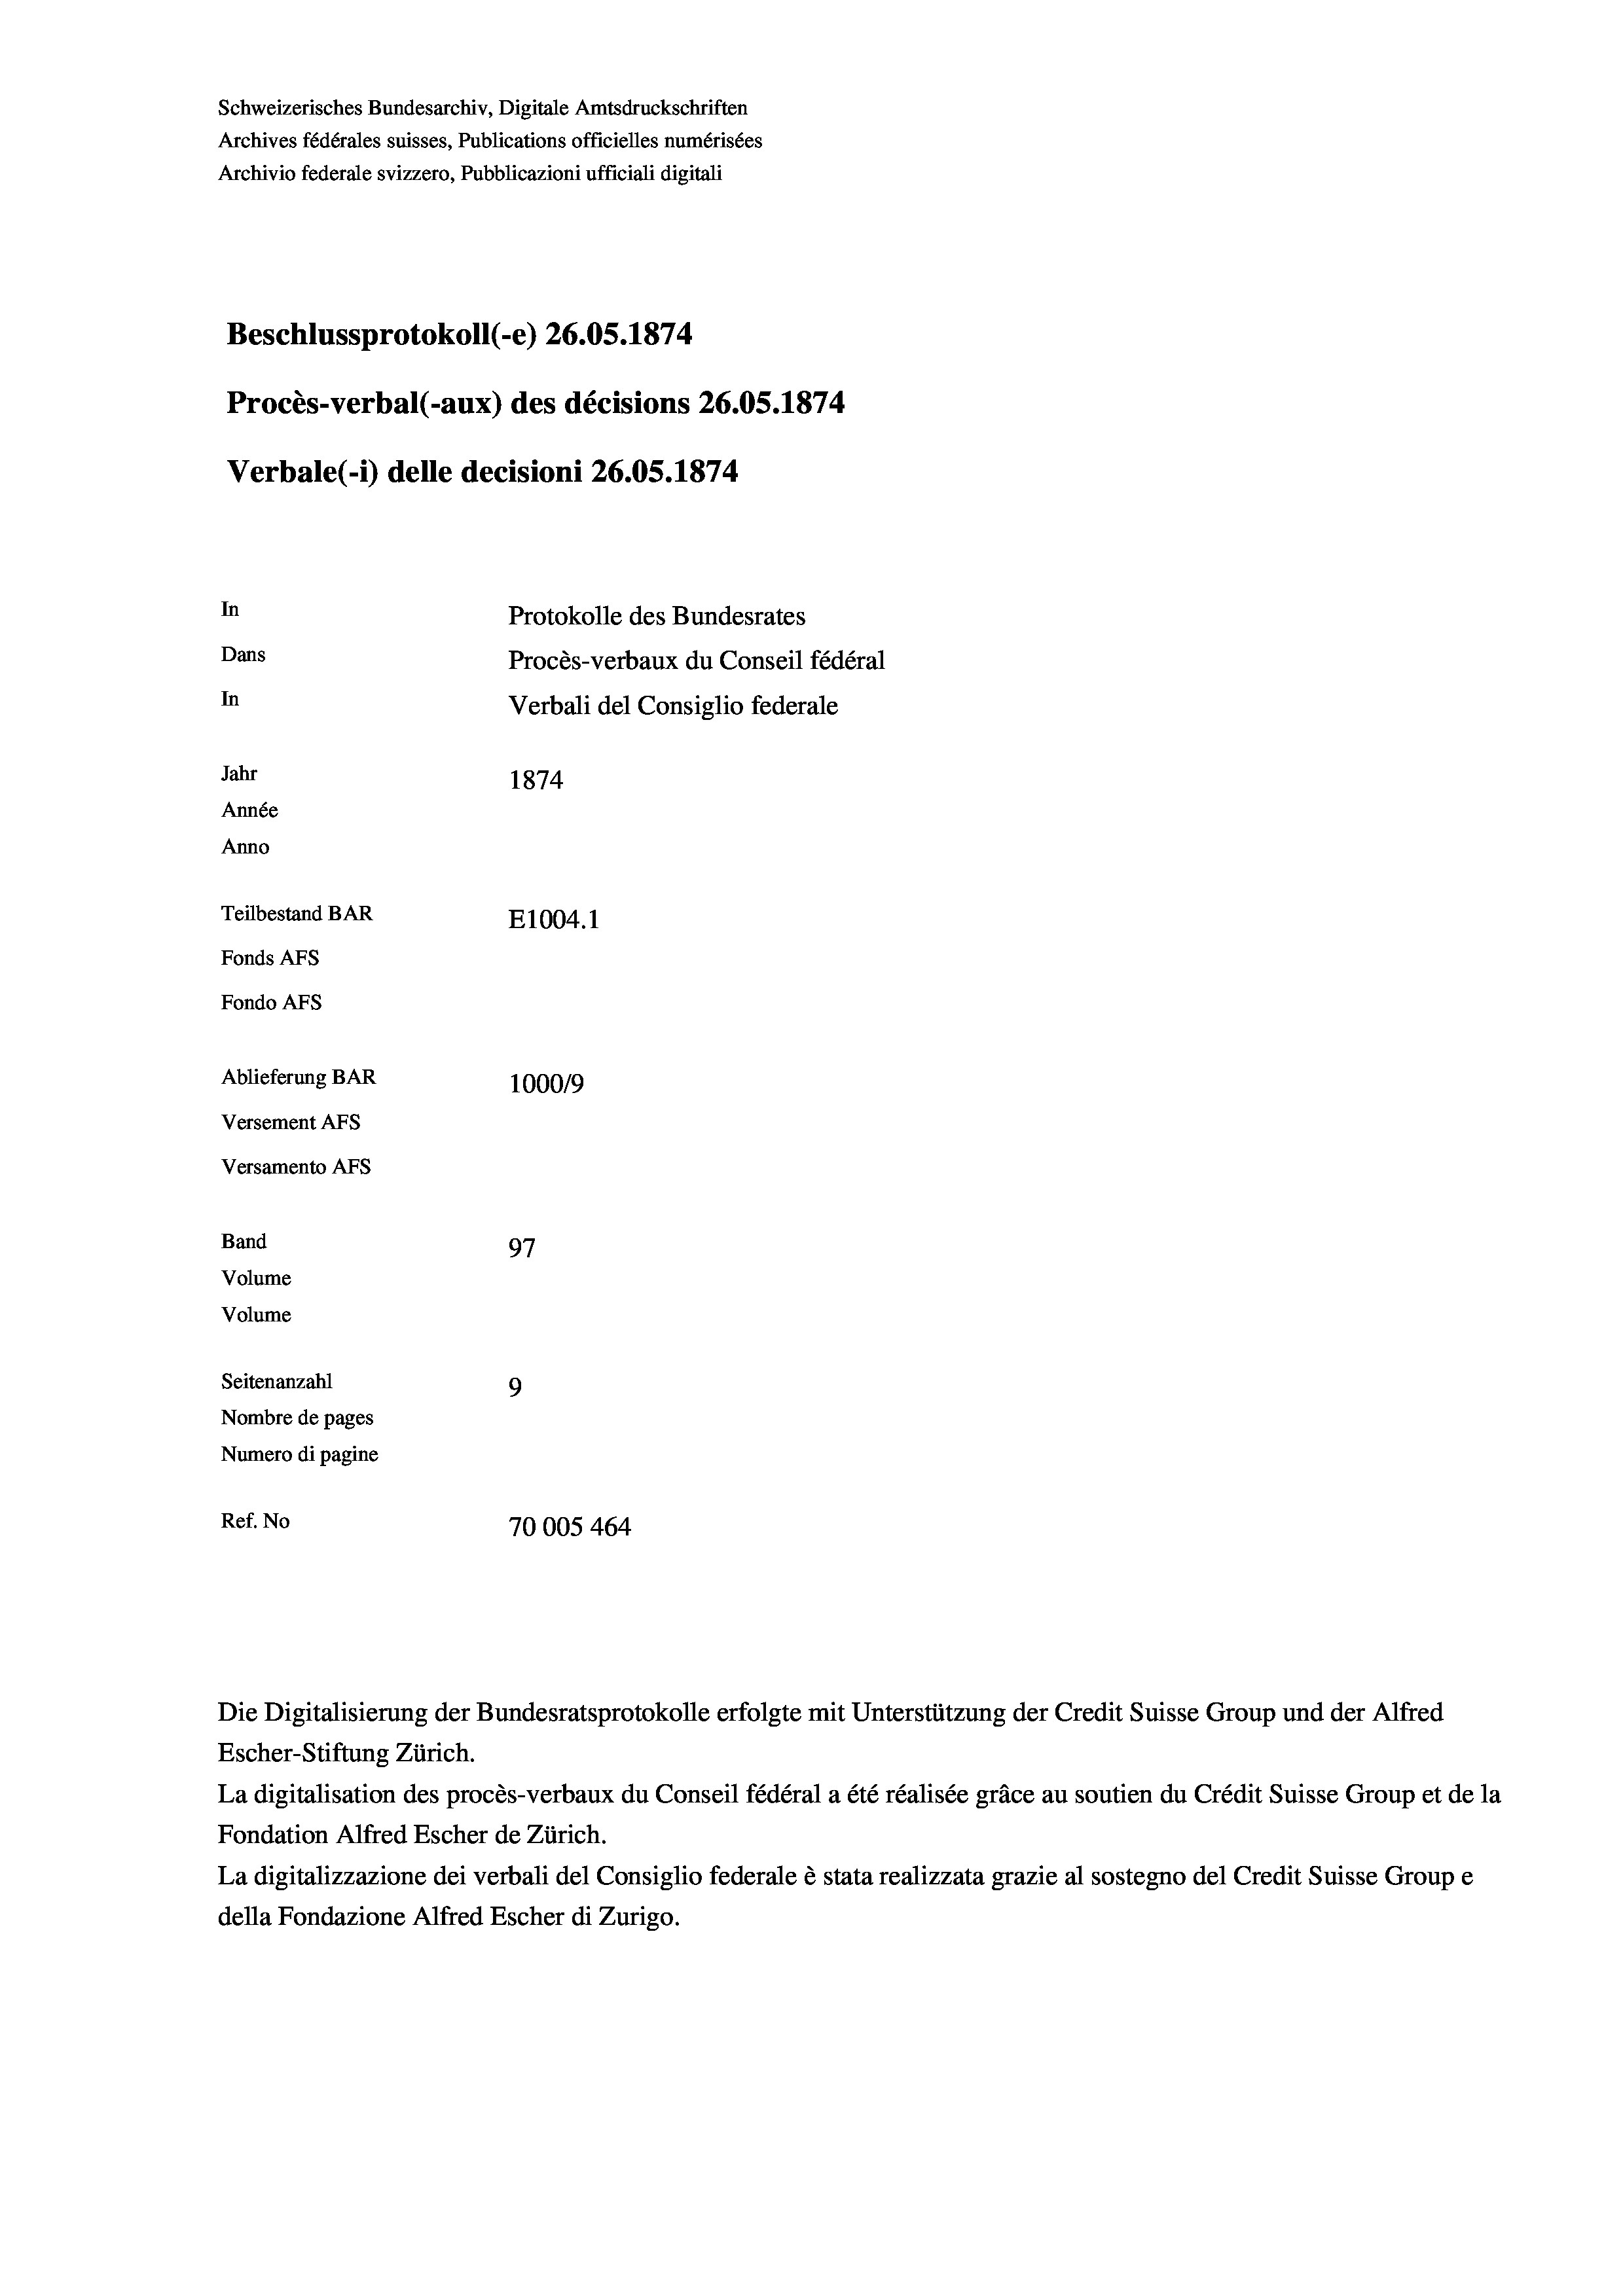
Schweizerisches Bundesarchiv, Digitale Amtsdruckschriften
Archives fédérales suisses, Publications officielles numérisées
Archivio federale svizzero, Pubblicazioni ufficiali digitali
Beschlussprotokoll (-e) 26.05. 1874
Procès-verbal (-aux) des décisions 26.05. 1874
Verbale (- 1) delle decisioni 26.05. 1874
In
Protokolle des Bundesrates
Dans
Procès-verbaux du Conseil fédéral
In
Verbali del Consiglio federale
Jahr
1874
Année
Anno
Teilbestand BAR
E1004.1
Fonds Afs
Fondo AFs
Ablieferung BAR
100019
Versement AFS

97
Seitenanzahl
9
Nombre de pages
Numero di pagine
Ref. No
70005464

Versamento Afs
Band
Volume
Volume

Die Digitalisierung der Bundesratsprotokolle erfolgte mit Unterstützung der Credit Suisse Group und der Alfred
Escher-Stiftung Zürich.
La digitalisation des procès-verbaux du Conseil fédéral a été réalisée gräce au soutien du Crédit Suisse Group et de la
Fondation Alfred Escher de Zürich.
La digitalizzazione dei verbali del Consiglio federale è stata realizzata grazie al sostegno del Credit Suisse Groupe
della Fondazione Alfred Escher di Zurigo.